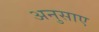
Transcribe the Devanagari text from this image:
अनुसाए